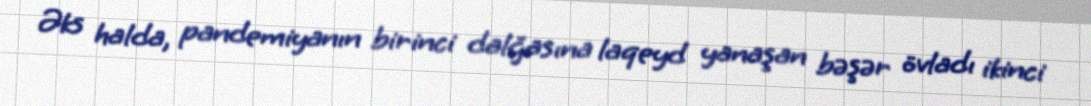
Əks halda, pandemiyanın birinci dalğasına laqeyd yanaşan bəşər övladı ikinci